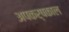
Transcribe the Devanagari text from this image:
अपकर्षकाल